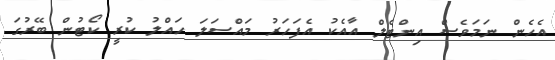
އެހެން ނަމަވެސް އިންޓެލް އާއެކު އެފަހަރު މައްސަލަ ހައްލު ކުރީ ކޯޓުން ބޭރުގަ